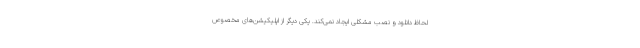
لحاظ دانلود و نصب مشکلی ایجاد نمی‌کند. یکی دیگر از اپلیکیشن‌های مخصوص